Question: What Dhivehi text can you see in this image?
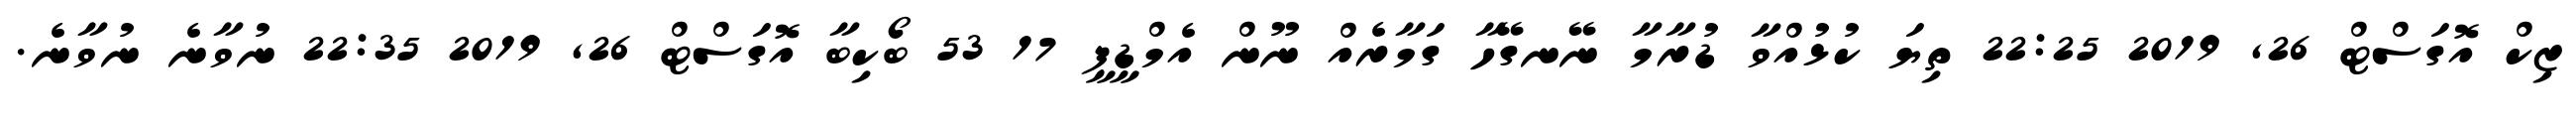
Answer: ޒިކް އޮގަސްޓް 26, 2019 22:25 ތިޔަ ކުޅުއްވާ ޑުރާމާ ނޭނގޭހާ ގަމާރެއް ނޫން އެމްޑީޕީ 17 53 ބޯކިބާ އޮގަސްޓް 26, 2019 22:35 ނުވާނެ ނުވާނެ.